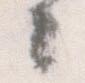
公